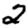
Digit: 2